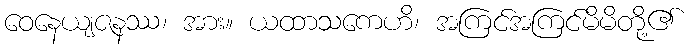
ဝေနေယျဇနဿ၊ အား။ ယထာသကေဟိ၊ အကြင်အကြင်မိမိတို့၏